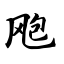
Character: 飑